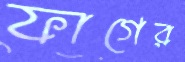
ফাগের